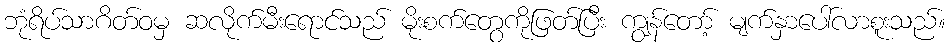
ဘုံရိပ်သာဂိတ်ဝမှ ဆလိုက်မီးရောင်သည် မိုးစက်တွေကိုဖြတ်ပြီး ကျွန်တော့် မျက်နှာပေါ်လာစူးသည်။